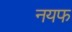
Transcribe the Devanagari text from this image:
नयफ